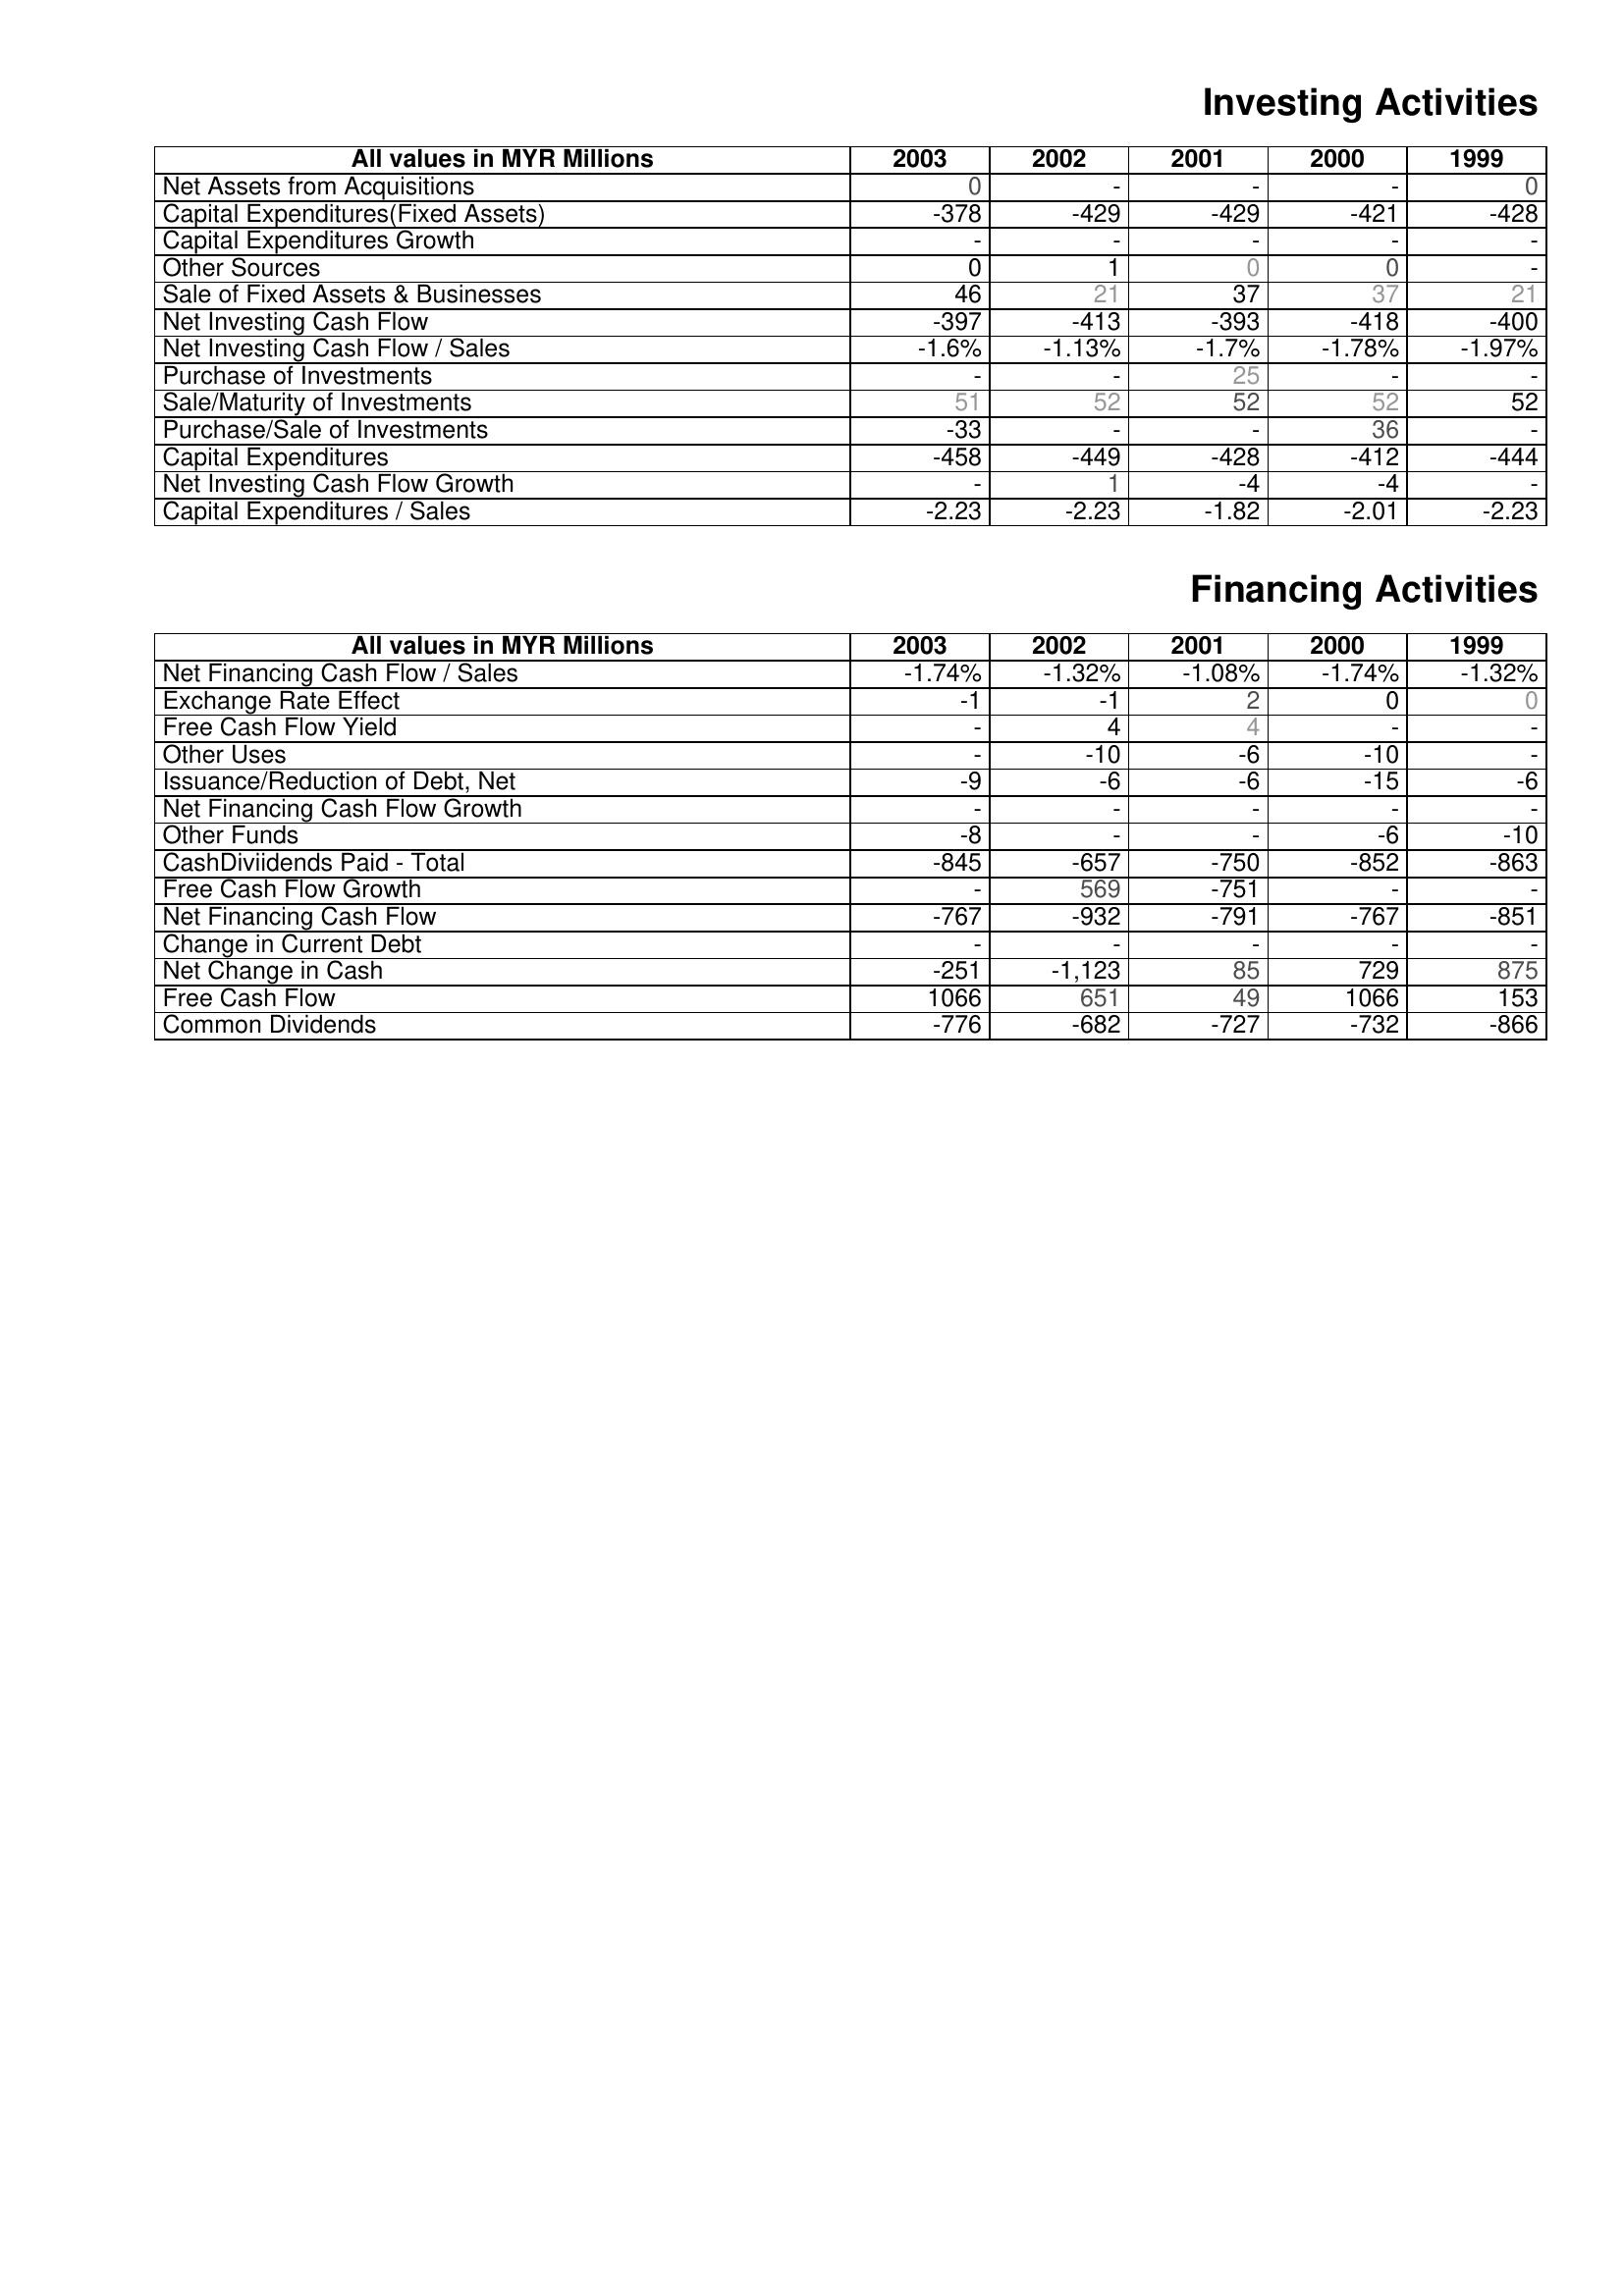
2003: Investing Activities: Net Assets from Acquisitions: 0
Capital Expenditures(Fixed Assets): -378
Capital Expenditures Growth: -
Other Sources: 0
Sale of Fixed Assets & Businesses: 46
Net Investing Cash Flow: -397
Net Investing Cash Flow / Sales: -1.6%
Purchase of Investments: -
Sale/Maturity of Investments: 51
Purchase/Sale of Investments: -33
Capital Expenditures: -458
Net Investing Cash Flow Growth: -
Capital Expenditures / Sales: -2.23
Financing Activities: Net Financing Cash Flow / Sales: -1.74%
Exchange Rate Effect: -1
Free Cash Flow Yield: -
Other Uses: -
Issuance/Reduction of Debt, Net: -9
Net Financing Cash Flow Growth: -
Other Funds: -8
CashDiviidends Paid - Total: -845
Free Cash Flow Growth: -
Net Financing Cash Flow: -767
Change in Current Debt: -
Net Change in Cash: -251
Free Cash Flow: 1066
Common Dividends: -776
2002: Investing Activities: Net Assets from Acquisitions: -
Capital Expenditures(Fixed Assets): -429
Capital Expenditures Growth: -
Other Sources: 1
Sale of Fixed Assets & Businesses: 21
Net Investing Cash Flow: -413
Net Investing Cash Flow / Sales: -1.13%
Purchase of Investments: -
Sale/Maturity of Investments: 52
Purchase/Sale of Investments: -
Capital Expenditures: -449
Net Investing Cash Flow Growth: 1
Capital Expenditures / Sales: -2.23
Financing Activities: Net Financing Cash Flow / Sales: -1.32%
Exchange Rate Effect: -1
Free Cash Flow Yield: 4
Other Uses: -10
Issuance/Reduction of Debt, Net: -6
Net Financing Cash Flow Growth: -
Other Funds: -
CashDiviidends Paid - Total: -657
Free Cash Flow Growth: 569
Net Financing Cash Flow: -932
Change in Current Debt: -
Net Change in Cash: -1,123
Free Cash Flow: 651
Common Dividends: -682
2001: Investing Activities: Net Assets from Acquisitions: -
Capital Expenditures(Fixed Assets): -429
Capital Expenditures Growth: -
Other Sources: 0
Sale of Fixed Assets & Businesses: 37
Net Investing Cash Flow: -393
Net Investing Cash Flow / Sales: -1.7%
Purchase of Investments: 25
Sale/Maturity of Investments: 52
Purchase/Sale of Investments: -
Capital Expenditures: -428
Net Investing Cash Flow Growth: -4
Capital Expenditures / Sales: -1.82
Financing Activities: Net Financing Cash Flow / Sales: -1.08%
Exchange Rate Effect: 2
Free Cash Flow Yield: 4
Other Uses: -6
Issuance/Reduction of Debt, Net: -6
Net Financing Cash Flow Growth: -
Other Funds: -
CashDiviidends Paid - Total: -750
Free Cash Flow Growth: -751
Net Financing Cash Flow: -791
Change in Current Debt: -
Net Change in Cash: 85
Free Cash Flow: 49
Common Dividends: -727
2000: Investing Activities: Net Assets from Acquisitions: -
Capital Expenditures(Fixed Assets): -421
Capital Expenditures Growth: -
Other Sources: 0
Sale of Fixed Assets & Businesses: 37
Net Investing Cash Flow: -418
Net Investing Cash Flow / Sales: -1.78%
Purchase of Investments: -
Sale/Maturity of Investments: 52
Purchase/Sale of Investments: 36
Capital Expenditures: -412
Net Investing Cash Flow Growth: -4
Capital Expenditures / Sales: -2.01
Financing Activities: Net Financing Cash Flow / Sales: -1.74%
Exchange Rate Effect: 0
Free Cash Flow Yield: -
Other Uses: -10
Issuance/Reduction of Debt, Net: -15
Net Financing Cash Flow Growth: -
Other Funds: -6
CashDiviidends Paid - Total: -852
Free Cash Flow Growth: -
Net Financing Cash Flow: -767
Change in Current Debt: -
Net Change in Cash: 729
Free Cash Flow: 1066
Common Dividends: -732
1999: Investing Activities: Net Assets from Acquisitions: 0
Capital Expenditures(Fixed Assets): -428
Capital Expenditures Growth: -
Other Sources: -
Sale of Fixed Assets & Businesses: 21
Net Investing Cash Flow: -400
Net Investing Cash Flow / Sales: -1.97%
Purchase of Investments: -
Sale/Maturity of Investments: 52
Purchase/Sale of Investments: -
Capital Expenditures: -444
Net Investing Cash Flow Growth: -
Capital Expenditures / Sales: -2.23
Financing Activities: Net Financing Cash Flow / Sales: -1.32%
Exchange Rate Effect: 0
Free Cash Flow Yield: -
Other Uses: -
Issuance/Reduction of Debt, Net: -6
Net Financing Cash Flow Growth: -
Other Funds: -10
CashDiviidends Paid - Total: -863
Free Cash Flow Growth: -
Net Financing Cash Flow: -851
Change in Current Debt: -
Net Change in Cash: 875
Free Cash Flow: 153
Common Dividends: -866